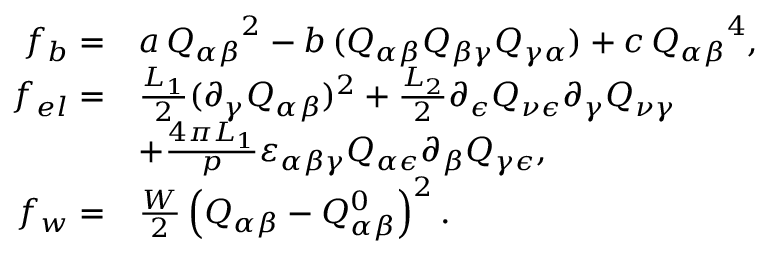
\begin{array} { r l } { f _ { b } = } & { a \, { Q _ { \alpha \beta } } ^ { 2 } - b \, ( Q _ { \alpha \beta } Q _ { \beta \gamma } Q _ { \gamma \alpha } ) + c \, { Q _ { \alpha \beta } } ^ { 4 } , } \\ { f _ { e l } = } & { \frac { L _ { 1 } } { 2 } ( \partial _ { \gamma } Q _ { \alpha \beta } ) ^ { 2 } + \frac { L _ { 2 } } { 2 } \partial _ { \epsilon } Q _ { \nu \epsilon } \partial _ { \gamma } Q _ { \nu \gamma } } \\ & { + \frac { 4 \pi L _ { 1 } } { p } \varepsilon _ { \alpha \beta \gamma } Q _ { \alpha \epsilon } \partial _ { \beta } Q _ { \gamma \epsilon } , } \\ { f _ { w } = } & { \frac { W } { 2 } \left( Q _ { \alpha \beta } - Q _ { \alpha \beta } ^ { 0 } \right) ^ { 2 } . } \end{array}